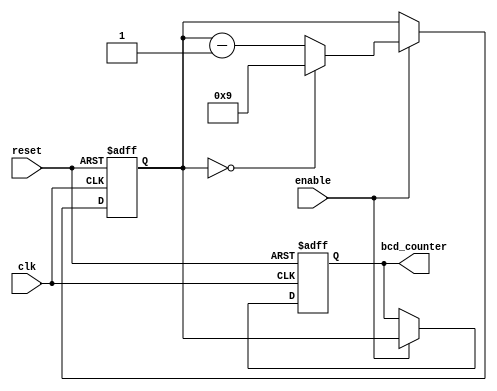
module BCD_Down_Counter
(
    input wire clk,
    input wire reset,
    input wire enable,
    output reg [3:0] bcd_counter
);

reg [3:0] bcd_counter_next;

always @(posedge clk or posedge reset)
begin
    if (reset)
        bcd_counter <= 4'b0000;
    else if (enable)
        bcd_counter <= bcd_counter_next;
end

always @(posedge clk or posedge reset)
begin
    if (reset)
        bcd_counter_next <= 4'b0000;
    else if (enable)
    begin
        if (bcd_counter_next == 4'b0000)
            bcd_counter_next <= 4'b1001; // BCD value to count down from
        else
            bcd_counter_next <= bcd_counter_next - 1;
    end
end

endmodule